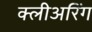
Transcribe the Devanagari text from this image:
क्लीअरिंग